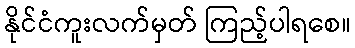
နိုင်ငံကူးလက်မှတ် ကြည့်ပါရစေ။